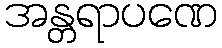
အန္တရာပဏေ